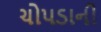
ચોપડાની